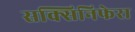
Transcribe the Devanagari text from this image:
सक्सिनिफेरा